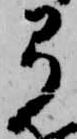
弓